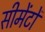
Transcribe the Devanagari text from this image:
सीमेंटों